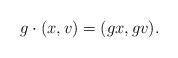
LaTeX: \begin{align*}g \cdot (x,v) = (gx, gv).\end{align*}